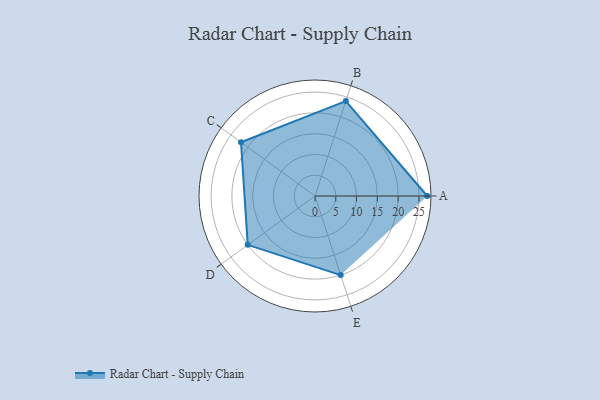
{"axis": {"x": "Skill", "y": "Score"}, "legend": ["Profile"], "data": [{"x": "A", "y": 27.0, "type": "Profile"}, {"x": "B", "y": 24.0, "type": "Profile"}, {"x": "C", "y": 22.0, "type": "Profile"}, {"x": "D", "y": 20, "type": "Profile"}, {"x": "E", "y": 20, "type": "Profile"}]}